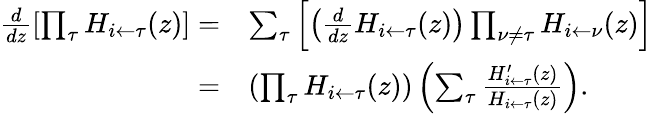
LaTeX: \begin{array}{rl}{\frac{d}{dz}\left[\prod_{\tau}H_{i\leftarrow\tau}(z)\right]=}&{\sum_{\tau}\left[\left(\frac{d}{dz}H_{i\leftarrow\tau}(z)\right)\prod_{\nu\neq\tau}H_{i\leftarrow\nu}(z)\right]}\\ {=}&{\left(\prod_{\tau}H_{i\leftarrow\tau}(z)\right)\left(\sum_{\tau}\frac{H_{i\leftarrow\tau}^{\prime}(z)}{H_{i\leftarrow\tau}(z)}\right).}\end{array}